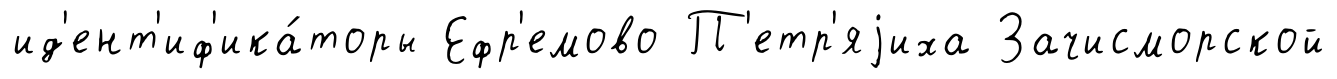
ид'ент'иф'ика́торы Ефр'емово П'етр'яjиха Зачисморской